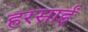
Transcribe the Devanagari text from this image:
हरसाईं